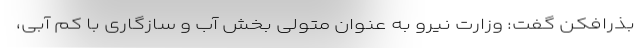
بذرافکن گفت: وزارت نیرو به عنوان متولی بخش آب و سازگاری با کم آبی،